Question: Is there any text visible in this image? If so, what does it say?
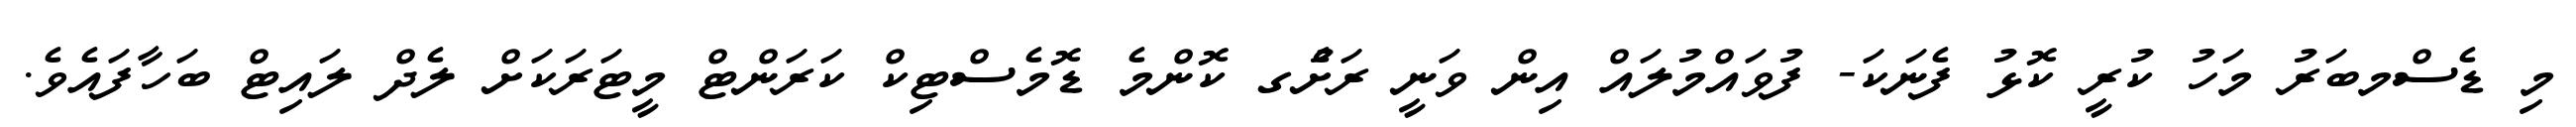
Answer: މި ޑެސްމބަރު މަހު ކުރީ ކޮޅު ފެނަކަ- ފުވައްމުލައް އިން ވަނީ ރަށުެގ ކޮންމެ ޑޮމެސްޓިކް ކަރަންޓް މީޓަރަކަށް ލެދް ލައިޓް ބަހާފައެވެ.